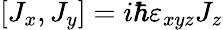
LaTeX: [J_{x},J_{y}]=i\hbar\varepsilon_{xyz}J_{z}